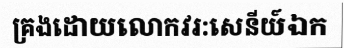
គ្រងដោយលោកវរ:សេនីយ៍ឯក